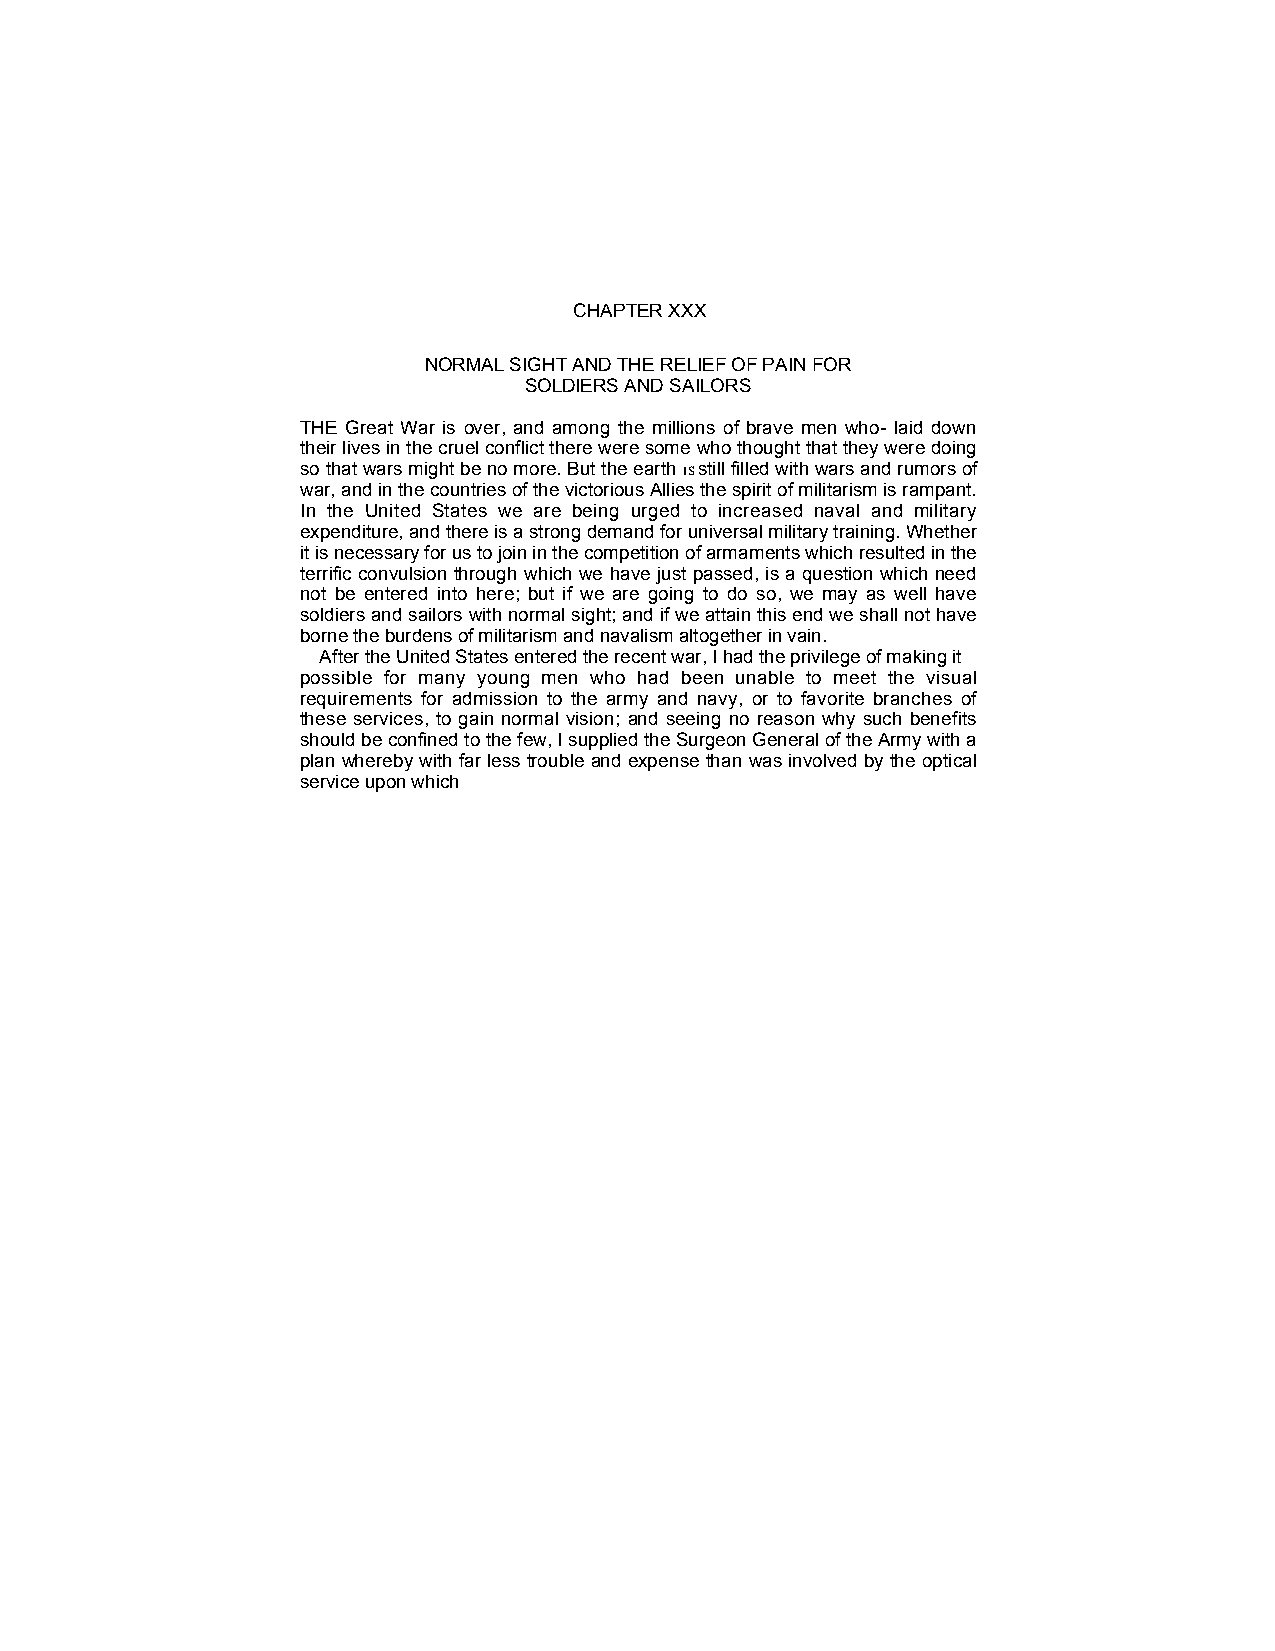
CHAPTER XXX
 NORMAL SIGHT AND THE RELIEF OF PAIN FOR
 SOLDIERS AND SAILORS
 THE Great War is over, and among the millions of brave men who- laid down
 their lives in the cruel conflict there were some who thought that they were doing
 so that wars might be no more. But the earth IS still filled with wars and rumors of
 war, and in the countries of the victorious Allies the spirit of militarism is rampant.
 In the United States we are being urged to increased naval and military
 expenditure, and there is a strong demand for universal military training. Whether
 it is necessary for us to join in the competition of armaments which resulted in the
 terrific convulsion through which we have just passed, is a question which need
 not be entered into here; but if we are going to do so, we may as well have
 soldiers and sailors with normal sight; and if we attain this end we shall not have
 borne the burdens of militarism and navalism altogether in vain.
 After the United States entered the recent war, I had the privilege of making it
 possible for many young men who had been unable to meet the visual
 requirements for admission to the army and navy, or to favorite branches of
 these services, to gain normal vision; and seeing no reason why such benefits
 should be confined to the few, I supplied the Surgeon General of the Army with a
 plan whereby with far less trouble and expense than was involved by the optical
 service upon which